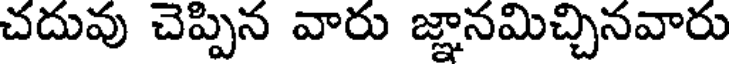
చదువు చెప్పిన వారు జ్ఞానమిచ్చినవారు